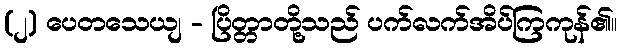
(၂) ပေတသေယျ - ပြိတ္တာတို့သည် ပက်လက်အိပ်ကြကုန်၏။